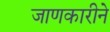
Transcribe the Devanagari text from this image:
जाणकारीने